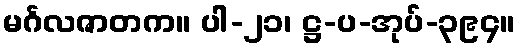
မင်္ဂလဇာတက။ ပါ-၂၁၊ ဋ္ဌ-ပ-အုပ်-၃၉၄။